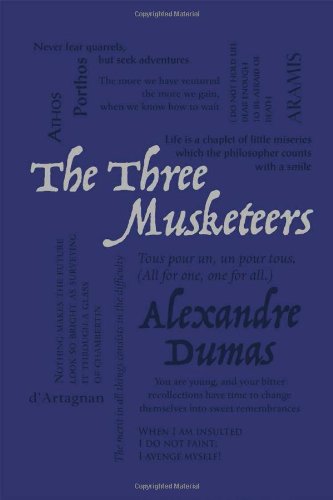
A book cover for The Three Musketeers (Word Cloud Classics); Alexandre Dumas; Literature & Fiction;